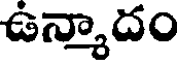
ఉన్మాదం